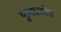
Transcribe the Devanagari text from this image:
युनाइतटेड